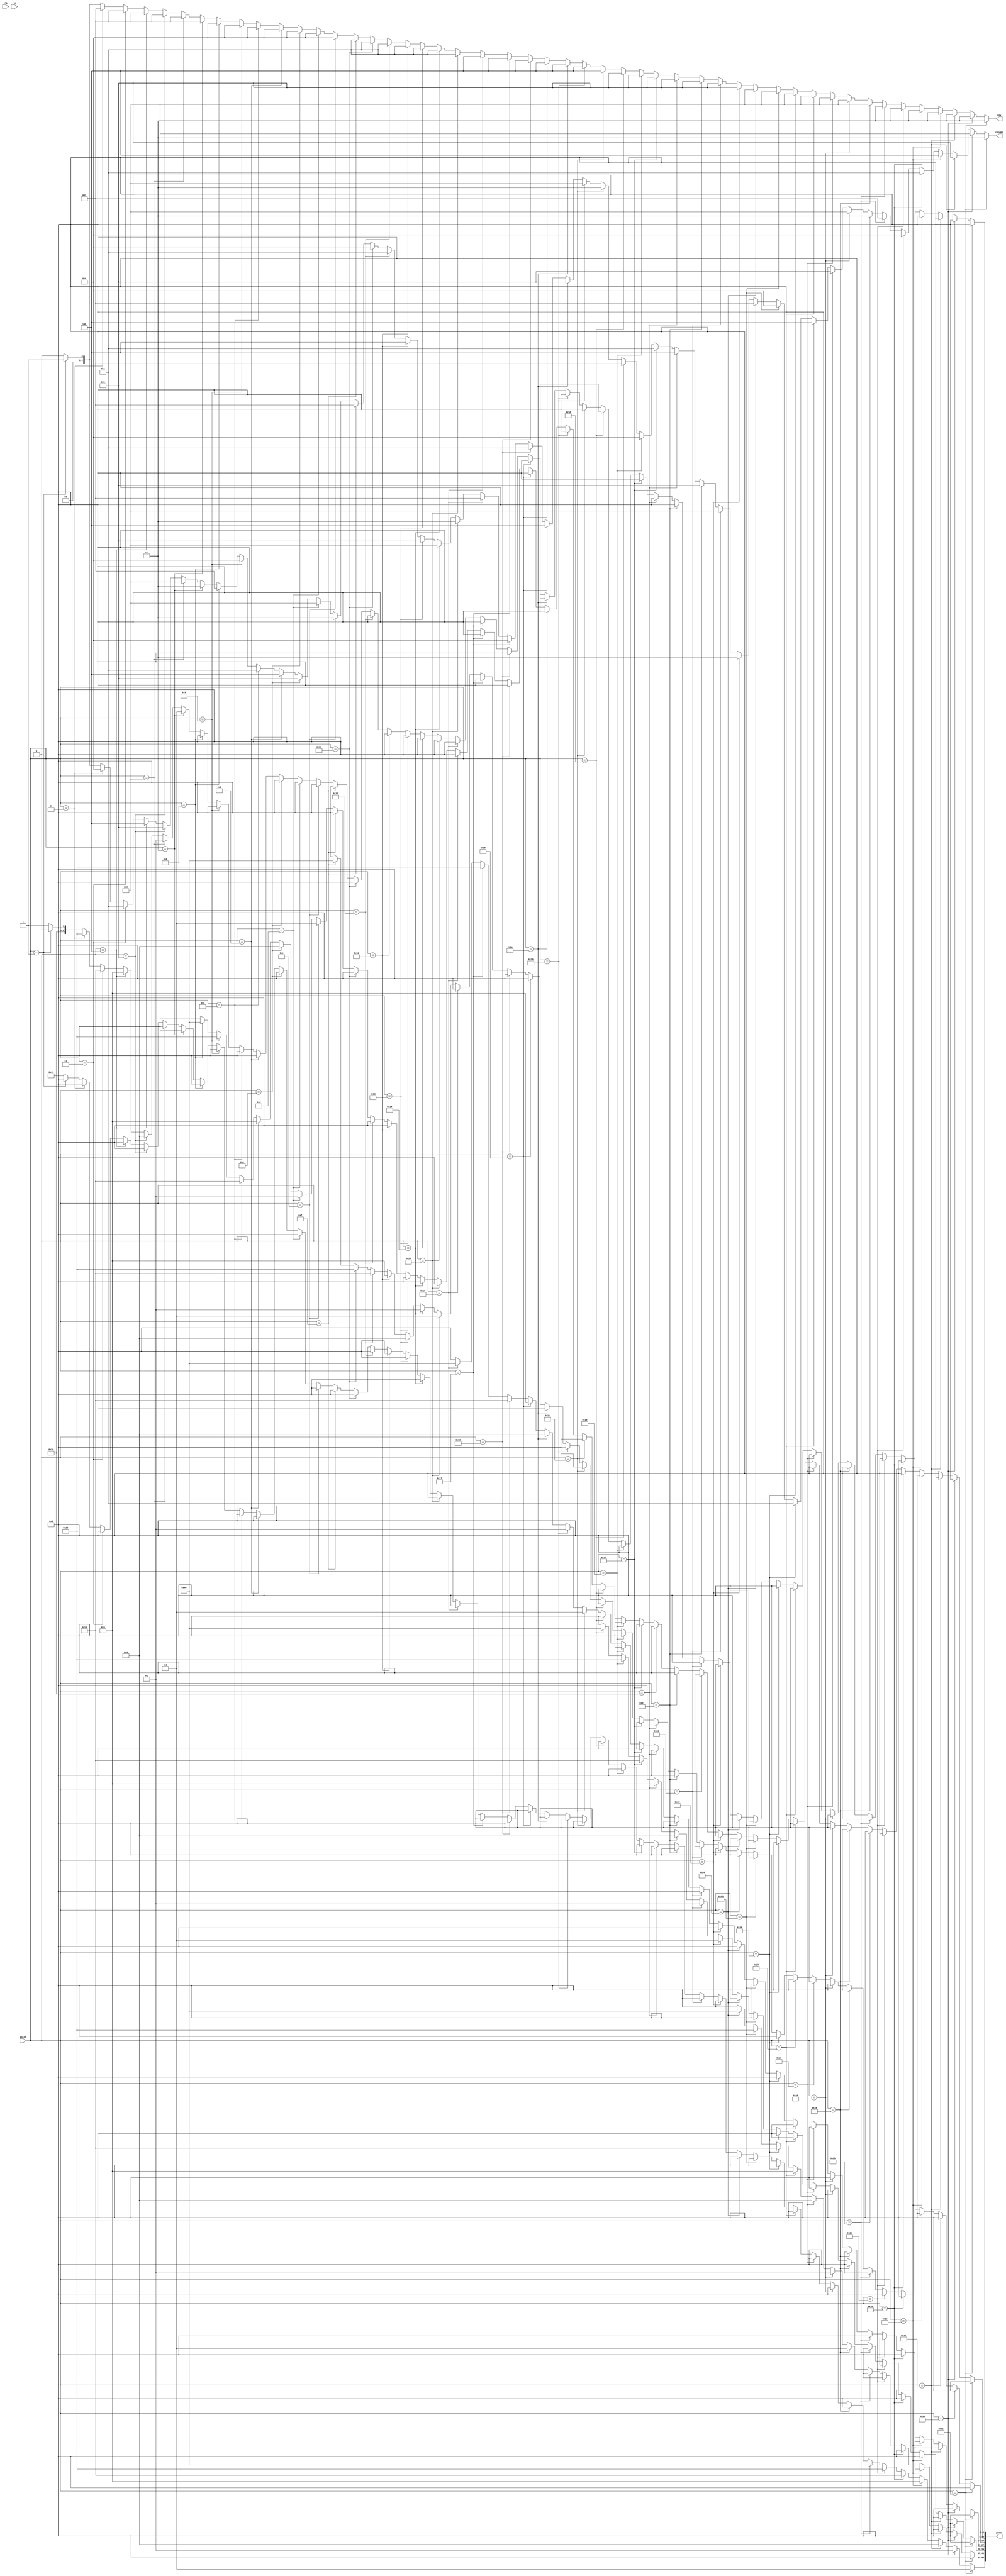
/*
   This file was generated automatically by the Mojo IDE version B1.3.6.
   Do not edit this file directly. Instead edit the original Lucid source.
   This is a temporary file and any changes made to it will be destroyed.
*/

module position_16 (
    input clk,
    input rst,
    input [15:0] posit,
    output reg [48:0] green,
    output reg [2:0] row,
    output reg [2:0] column
  );
  
  
  
  always @* begin
    green[0+6-:7] = 7'h41;
    green[7+6-:7] = 7'h00;
    green[14+6-:7] = 7'h00;
    green[21+6-:7] = 7'h00;
    green[28+6-:7] = 7'h00;
    green[35+6-:7] = 7'h00;
    green[42+6-:7] = 7'h41;
    row = 1'h0;
    column = 1'h0;
    if (posit == 1'h1) begin
      green[0+6-:7] = 7'h40;
      green[7+6-:7] = 7'h00;
      green[14+6-:7] = 7'h00;
      green[21+6-:7] = 7'h00;
      green[28+6-:7] = 7'h00;
      green[35+6-:7] = 7'h00;
      green[42+6-:7] = 7'h00;
      row = 1'h1;
      column = 1'h1;
    end
    if (posit == 2'h2) begin
      green[0+6-:7] = 7'h20;
      green[7+6-:7] = 7'h00;
      green[14+6-:7] = 7'h00;
      green[21+6-:7] = 7'h00;
      green[28+6-:7] = 7'h00;
      green[35+6-:7] = 7'h00;
      green[42+6-:7] = 7'h00;
      row = 1'h1;
      column = 2'h2;
    end
    if (posit == 2'h3) begin
      green[0+6-:7] = 7'h10;
      green[7+6-:7] = 7'h00;
      green[14+6-:7] = 7'h00;
      green[21+6-:7] = 7'h00;
      green[28+6-:7] = 7'h00;
      green[35+6-:7] = 7'h00;
      green[42+6-:7] = 7'h00;
      row = 1'h1;
      column = 2'h3;
    end
    if (posit == 3'h4) begin
      green[0+6-:7] = 7'h08;
      green[7+6-:7] = 7'h00;
      green[14+6-:7] = 7'h00;
      green[21+6-:7] = 7'h00;
      green[28+6-:7] = 7'h00;
      green[35+6-:7] = 7'h00;
      green[42+6-:7] = 7'h00;
      row = 1'h1;
      column = 3'h4;
    end
    if (posit == 3'h5) begin
      green[0+6-:7] = 7'h04;
      green[7+6-:7] = 7'h00;
      green[14+6-:7] = 7'h00;
      green[21+6-:7] = 7'h00;
      green[28+6-:7] = 7'h00;
      green[35+6-:7] = 7'h00;
      green[42+6-:7] = 7'h00;
      row = 1'h1;
      column = 3'h5;
    end
    if (posit == 3'h6) begin
      green[0+6-:7] = 7'h02;
      green[7+6-:7] = 7'h00;
      green[14+6-:7] = 7'h00;
      green[21+6-:7] = 7'h00;
      green[28+6-:7] = 7'h00;
      green[35+6-:7] = 7'h00;
      green[42+6-:7] = 7'h00;
      row = 1'h1;
      column = 3'h6;
    end
    if (posit == 3'h7) begin
      green[0+6-:7] = 7'h01;
      green[7+6-:7] = 7'h00;
      green[14+6-:7] = 7'h00;
      green[21+6-:7] = 7'h00;
      green[28+6-:7] = 7'h00;
      green[35+6-:7] = 7'h00;
      green[42+6-:7] = 7'h00;
      row = 1'h1;
      column = 3'h7;
    end
    if (posit == 4'h8) begin
      green[0+6-:7] = 7'h00;
      green[7+6-:7] = 7'h40;
      green[14+6-:7] = 7'h00;
      green[21+6-:7] = 7'h00;
      green[28+6-:7] = 7'h00;
      green[35+6-:7] = 7'h00;
      green[42+6-:7] = 7'h00;
      row = 2'h2;
      column = 1'h1;
    end
    if (posit == 4'h9) begin
      green[0+6-:7] = 7'h00;
      green[7+6-:7] = 7'h20;
      green[14+6-:7] = 7'h00;
      green[21+6-:7] = 7'h00;
      green[28+6-:7] = 7'h00;
      green[35+6-:7] = 7'h00;
      green[42+6-:7] = 7'h00;
      row = 2'h2;
      column = 2'h2;
    end
    if (posit == 4'ha) begin
      green[0+6-:7] = 7'h00;
      green[7+6-:7] = 7'h10;
      green[14+6-:7] = 7'h00;
      green[21+6-:7] = 7'h00;
      green[28+6-:7] = 7'h00;
      green[35+6-:7] = 7'h00;
      green[42+6-:7] = 7'h00;
      row = 2'h2;
      column = 2'h3;
    end
    if (posit == 4'hb) begin
      green[0+6-:7] = 7'h00;
      green[7+6-:7] = 7'h08;
      green[14+6-:7] = 7'h00;
      green[21+6-:7] = 7'h00;
      green[28+6-:7] = 7'h00;
      green[35+6-:7] = 7'h00;
      green[42+6-:7] = 7'h00;
      row = 2'h2;
      column = 3'h4;
    end
    if (posit == 4'hc) begin
      green[0+6-:7] = 7'h00;
      green[7+6-:7] = 7'h04;
      green[14+6-:7] = 7'h00;
      green[21+6-:7] = 7'h00;
      green[28+6-:7] = 7'h00;
      green[35+6-:7] = 7'h00;
      green[42+6-:7] = 7'h00;
      row = 2'h2;
      column = 3'h5;
    end
    if (posit == 4'hd) begin
      green[0+6-:7] = 7'h00;
      green[7+6-:7] = 7'h02;
      green[14+6-:7] = 7'h00;
      green[21+6-:7] = 7'h00;
      green[28+6-:7] = 7'h00;
      green[35+6-:7] = 7'h00;
      green[42+6-:7] = 7'h00;
      row = 2'h2;
      column = 3'h6;
    end
    if (posit == 4'he) begin
      green[0+6-:7] = 7'h00;
      green[7+6-:7] = 7'h01;
      green[14+6-:7] = 7'h00;
      green[21+6-:7] = 7'h00;
      green[28+6-:7] = 7'h00;
      green[35+6-:7] = 7'h00;
      green[42+6-:7] = 7'h00;
      row = 2'h2;
      column = 3'h7;
    end
    if (posit == 4'hf) begin
      green[0+6-:7] = 7'h00;
      green[7+6-:7] = 7'h00;
      green[14+6-:7] = 7'h40;
      green[21+6-:7] = 7'h00;
      green[28+6-:7] = 7'h00;
      green[35+6-:7] = 7'h00;
      green[42+6-:7] = 7'h00;
      row = 2'h3;
      column = 1'h1;
    end
    if (posit == 5'h10) begin
      green[0+6-:7] = 7'h00;
      green[7+6-:7] = 7'h00;
      green[14+6-:7] = 7'h20;
      green[21+6-:7] = 7'h00;
      green[28+6-:7] = 7'h00;
      green[35+6-:7] = 7'h00;
      green[42+6-:7] = 7'h00;
      row = 2'h3;
      column = 2'h2;
    end
    if (posit == 5'h11) begin
      green[0+6-:7] = 7'h00;
      green[7+6-:7] = 7'h00;
      green[14+6-:7] = 7'h10;
      green[21+6-:7] = 7'h00;
      green[28+6-:7] = 7'h00;
      green[35+6-:7] = 7'h00;
      green[42+6-:7] = 7'h00;
      row = 2'h3;
      column = 2'h3;
    end
    if (posit == 5'h12) begin
      green[0+6-:7] = 7'h00;
      green[7+6-:7] = 7'h00;
      green[14+6-:7] = 7'h08;
      green[21+6-:7] = 7'h00;
      green[28+6-:7] = 7'h00;
      green[35+6-:7] = 7'h00;
      green[42+6-:7] = 7'h00;
      row = 2'h3;
      column = 3'h4;
    end
    if (posit == 5'h13) begin
      green[0+6-:7] = 7'h00;
      green[7+6-:7] = 7'h00;
      green[14+6-:7] = 7'h04;
      green[21+6-:7] = 7'h00;
      green[28+6-:7] = 7'h00;
      green[35+6-:7] = 7'h00;
      green[42+6-:7] = 7'h00;
      row = 2'h3;
      column = 3'h5;
    end
    if (posit == 5'h14) begin
      green[0+6-:7] = 7'h00;
      green[7+6-:7] = 7'h00;
      green[14+6-:7] = 7'h02;
      green[21+6-:7] = 7'h00;
      green[28+6-:7] = 7'h00;
      green[35+6-:7] = 7'h00;
      green[42+6-:7] = 7'h00;
      row = 2'h3;
      column = 3'h6;
    end
    if (posit == 5'h15) begin
      green[0+6-:7] = 7'h00;
      green[7+6-:7] = 7'h00;
      green[14+6-:7] = 7'h01;
      green[21+6-:7] = 7'h00;
      green[28+6-:7] = 7'h00;
      green[35+6-:7] = 7'h00;
      green[42+6-:7] = 7'h00;
      row = 2'h3;
      column = 3'h7;
    end
    if (posit == 5'h16) begin
      green[0+6-:7] = 7'h00;
      green[7+6-:7] = 7'h00;
      green[14+6-:7] = 7'h00;
      green[21+6-:7] = 7'h40;
      green[28+6-:7] = 7'h00;
      green[35+6-:7] = 7'h00;
      green[42+6-:7] = 7'h00;
      row = 3'h4;
      column = 1'h1;
    end
    if (posit == 5'h17) begin
      green[0+6-:7] = 7'h00;
      green[7+6-:7] = 7'h00;
      green[14+6-:7] = 7'h00;
      green[21+6-:7] = 7'h20;
      green[28+6-:7] = 7'h00;
      green[35+6-:7] = 7'h00;
      green[42+6-:7] = 7'h00;
      row = 3'h4;
      column = 2'h2;
    end
    if (posit == 5'h18) begin
      green[0+6-:7] = 7'h00;
      green[7+6-:7] = 7'h00;
      green[14+6-:7] = 7'h00;
      green[21+6-:7] = 7'h10;
      green[28+6-:7] = 7'h00;
      green[35+6-:7] = 7'h00;
      green[42+6-:7] = 7'h00;
      row = 3'h4;
      column = 2'h3;
    end
    if (posit == 5'h19) begin
      green[0+6-:7] = 7'h00;
      green[7+6-:7] = 7'h00;
      green[14+6-:7] = 7'h00;
      green[21+6-:7] = 7'h08;
      green[28+6-:7] = 7'h00;
      green[35+6-:7] = 7'h00;
      green[42+6-:7] = 7'h00;
      row = 3'h4;
      column = 3'h4;
    end
    if (posit == 5'h1a) begin
      green[0+6-:7] = 7'h00;
      green[7+6-:7] = 7'h00;
      green[14+6-:7] = 7'h00;
      green[21+6-:7] = 7'h04;
      green[28+6-:7] = 7'h00;
      green[35+6-:7] = 7'h00;
      green[42+6-:7] = 7'h00;
      row = 3'h4;
      column = 3'h5;
    end
    if (posit == 5'h1b) begin
      green[0+6-:7] = 7'h00;
      green[7+6-:7] = 7'h00;
      green[14+6-:7] = 7'h00;
      green[21+6-:7] = 7'h02;
      green[28+6-:7] = 7'h00;
      green[35+6-:7] = 7'h00;
      green[42+6-:7] = 7'h00;
      row = 3'h4;
      column = 3'h6;
    end
    if (posit == 5'h1c) begin
      green[0+6-:7] = 7'h00;
      green[7+6-:7] = 7'h00;
      green[14+6-:7] = 7'h00;
      green[21+6-:7] = 7'h01;
      green[28+6-:7] = 7'h00;
      green[35+6-:7] = 7'h00;
      green[42+6-:7] = 7'h00;
      row = 3'h4;
      column = 3'h7;
    end
    if (posit == 5'h1d) begin
      green[0+6-:7] = 7'h00;
      green[7+6-:7] = 7'h00;
      green[14+6-:7] = 7'h00;
      green[21+6-:7] = 7'h00;
      green[28+6-:7] = 7'h40;
      green[35+6-:7] = 7'h00;
      green[42+6-:7] = 7'h00;
      row = 3'h5;
      column = 1'h1;
    end
    if (posit == 5'h1e) begin
      green[0+6-:7] = 7'h00;
      green[7+6-:7] = 7'h00;
      green[14+6-:7] = 7'h00;
      green[21+6-:7] = 7'h00;
      green[28+6-:7] = 7'h20;
      green[35+6-:7] = 7'h00;
      green[42+6-:7] = 7'h00;
      row = 3'h5;
      column = 2'h2;
    end
    if (posit == 5'h1f) begin
      green[0+6-:7] = 7'h00;
      green[7+6-:7] = 7'h00;
      green[14+6-:7] = 7'h00;
      green[21+6-:7] = 7'h00;
      green[28+6-:7] = 7'h10;
      green[35+6-:7] = 7'h00;
      green[42+6-:7] = 7'h00;
      row = 3'h5;
      column = 2'h3;
    end
    if (posit == 6'h20) begin
      green[0+6-:7] = 7'h00;
      green[7+6-:7] = 7'h00;
      green[14+6-:7] = 7'h00;
      green[21+6-:7] = 7'h00;
      green[28+6-:7] = 7'h08;
      green[35+6-:7] = 7'h00;
      green[42+6-:7] = 7'h00;
      row = 3'h5;
      column = 3'h4;
    end
    if (posit == 6'h21) begin
      green[0+6-:7] = 7'h00;
      green[7+6-:7] = 7'h00;
      green[14+6-:7] = 7'h00;
      green[21+6-:7] = 7'h00;
      green[28+6-:7] = 7'h04;
      green[35+6-:7] = 7'h00;
      green[42+6-:7] = 7'h00;
      row = 3'h5;
      column = 3'h5;
    end
    if (posit == 6'h22) begin
      green[0+6-:7] = 7'h00;
      green[7+6-:7] = 7'h00;
      green[14+6-:7] = 7'h00;
      green[21+6-:7] = 7'h00;
      green[28+6-:7] = 7'h02;
      green[35+6-:7] = 7'h00;
      green[42+6-:7] = 7'h00;
      row = 3'h5;
      column = 3'h6;
    end
    if (posit == 6'h23) begin
      green[0+6-:7] = 7'h00;
      green[7+6-:7] = 7'h00;
      green[14+6-:7] = 7'h00;
      green[21+6-:7] = 7'h00;
      green[28+6-:7] = 7'h01;
      green[35+6-:7] = 7'h00;
      green[42+6-:7] = 7'h00;
      row = 3'h5;
      column = 3'h7;
    end
    if (posit == 6'h24) begin
      green[0+6-:7] = 7'h00;
      green[7+6-:7] = 7'h00;
      green[14+6-:7] = 7'h00;
      green[21+6-:7] = 7'h00;
      green[28+6-:7] = 7'h00;
      green[35+6-:7] = 7'h40;
      green[42+6-:7] = 7'h00;
      row = 3'h6;
      column = 1'h1;
    end
    if (posit == 6'h25) begin
      green[0+6-:7] = 7'h00;
      green[7+6-:7] = 7'h00;
      green[14+6-:7] = 7'h00;
      green[21+6-:7] = 7'h00;
      green[28+6-:7] = 7'h00;
      green[35+6-:7] = 7'h20;
      green[42+6-:7] = 7'h00;
      row = 3'h6;
      column = 2'h2;
    end
    if (posit == 6'h26) begin
      green[0+6-:7] = 7'h00;
      green[7+6-:7] = 7'h00;
      green[14+6-:7] = 7'h00;
      green[21+6-:7] = 7'h00;
      green[28+6-:7] = 7'h00;
      green[35+6-:7] = 7'h10;
      green[42+6-:7] = 7'h00;
      row = 3'h6;
      column = 2'h3;
    end
    if (posit == 6'h27) begin
      green[0+6-:7] = 7'h00;
      green[7+6-:7] = 7'h00;
      green[14+6-:7] = 7'h00;
      green[21+6-:7] = 7'h00;
      green[28+6-:7] = 7'h00;
      green[35+6-:7] = 7'h08;
      green[42+6-:7] = 7'h00;
      row = 3'h6;
      column = 3'h4;
    end
    if (posit == 6'h28) begin
      green[0+6-:7] = 7'h00;
      green[7+6-:7] = 7'h00;
      green[14+6-:7] = 7'h00;
      green[21+6-:7] = 7'h00;
      green[28+6-:7] = 7'h00;
      green[35+6-:7] = 7'h04;
      green[42+6-:7] = 7'h00;
      row = 3'h6;
      column = 3'h5;
    end
    if (posit == 6'h29) begin
      green[0+6-:7] = 7'h00;
      green[7+6-:7] = 7'h00;
      green[14+6-:7] = 7'h00;
      green[21+6-:7] = 7'h00;
      green[28+6-:7] = 7'h00;
      green[35+6-:7] = 7'h02;
      green[42+6-:7] = 7'h00;
      row = 3'h6;
      column = 3'h6;
    end
    if (posit == 6'h2a) begin
      green[0+6-:7] = 7'h00;
      green[7+6-:7] = 7'h00;
      green[14+6-:7] = 7'h00;
      green[21+6-:7] = 7'h00;
      green[28+6-:7] = 7'h00;
      green[35+6-:7] = 7'h01;
      green[42+6-:7] = 7'h00;
      row = 3'h6;
      column = 3'h7;
    end
    if (posit == 6'h2b) begin
      green[0+6-:7] = 7'h00;
      green[7+6-:7] = 7'h00;
      green[14+6-:7] = 7'h00;
      green[21+6-:7] = 7'h00;
      green[28+6-:7] = 7'h00;
      green[35+6-:7] = 7'h00;
      green[42+6-:7] = 7'h40;
      row = 3'h7;
      column = 1'h1;
    end
    if (posit == 6'h2c) begin
      green[0+6-:7] = 7'h00;
      green[7+6-:7] = 7'h00;
      green[14+6-:7] = 7'h00;
      green[21+6-:7] = 7'h00;
      green[28+6-:7] = 7'h00;
      green[35+6-:7] = 7'h00;
      green[42+6-:7] = 7'h20;
      row = 3'h7;
      column = 2'h2;
    end
    if (posit == 6'h2d) begin
      green[0+6-:7] = 7'h00;
      green[7+6-:7] = 7'h00;
      green[14+6-:7] = 7'h00;
      green[21+6-:7] = 7'h00;
      green[28+6-:7] = 7'h00;
      green[35+6-:7] = 7'h00;
      green[42+6-:7] = 7'h10;
      row = 3'h7;
      column = 2'h3;
    end
    if (posit == 6'h2e) begin
      green[0+6-:7] = 7'h00;
      green[7+6-:7] = 7'h00;
      green[14+6-:7] = 7'h00;
      green[21+6-:7] = 7'h00;
      green[28+6-:7] = 7'h00;
      green[35+6-:7] = 7'h00;
      green[42+6-:7] = 7'h08;
      row = 3'h7;
      column = 3'h4;
    end
    if (posit == 6'h2f) begin
      green[0+6-:7] = 7'h00;
      green[7+6-:7] = 7'h00;
      green[14+6-:7] = 7'h00;
      green[21+6-:7] = 7'h00;
      green[28+6-:7] = 7'h00;
      green[35+6-:7] = 7'h00;
      green[42+6-:7] = 7'h04;
      row = 3'h7;
      column = 3'h5;
    end
    if (posit == 6'h30) begin
      green[0+6-:7] = 7'h00;
      green[7+6-:7] = 7'h00;
      green[14+6-:7] = 7'h00;
      green[21+6-:7] = 7'h00;
      green[28+6-:7] = 7'h00;
      green[35+6-:7] = 7'h00;
      green[42+6-:7] = 7'h02;
      row = 3'h7;
      column = 3'h6;
    end
    if (posit == 6'h31) begin
      green[0+6-:7] = 7'h00;
      green[7+6-:7] = 7'h00;
      green[14+6-:7] = 7'h00;
      green[21+6-:7] = 7'h00;
      green[28+6-:7] = 7'h00;
      green[35+6-:7] = 7'h00;
      green[42+6-:7] = 7'h01;
      row = 3'h7;
      column = 3'h7;
    end
  end
endmodule